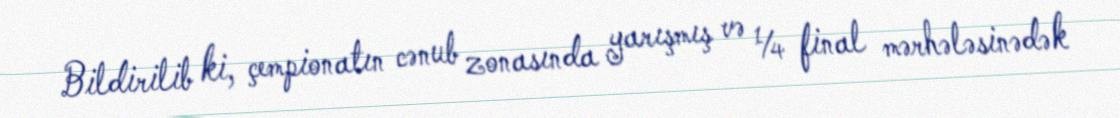
Bildirilib ki, çempionatın cənub zonasında yarışmış və ¼ final mərhələsinədək